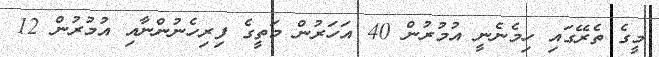
މީގެ ތެރޭގައި ހިމެނެނީ އުމުރުން 40 އަހަރުން މަތީގެ ފިރިހެނުންނާއި އުމުރުން 12